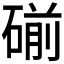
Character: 𰧏